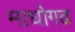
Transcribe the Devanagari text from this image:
माधोगढ